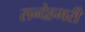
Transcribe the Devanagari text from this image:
सन्देहभरी